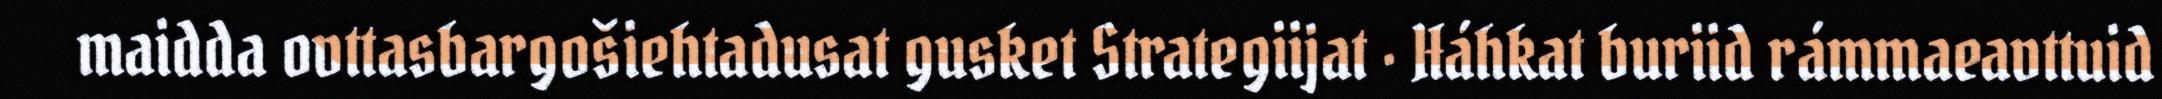
maidda ovttasbargošiehtadusat gusket Strategiijat · Háhkat buriid rámmaeavttuid